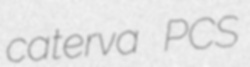
caterva PCS